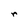
Character: r